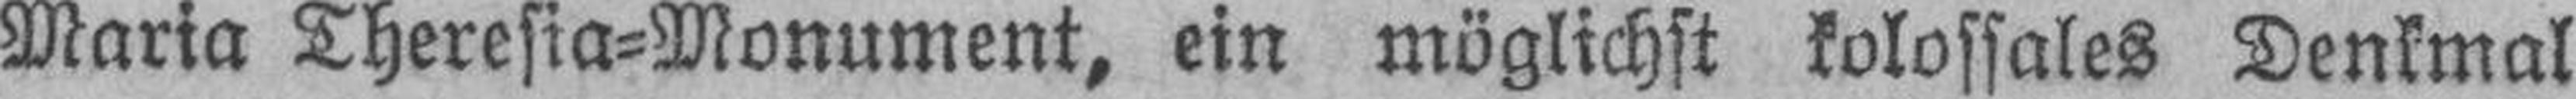
Maria Theresia=Monument, ein möglichst kolossales Denkmal